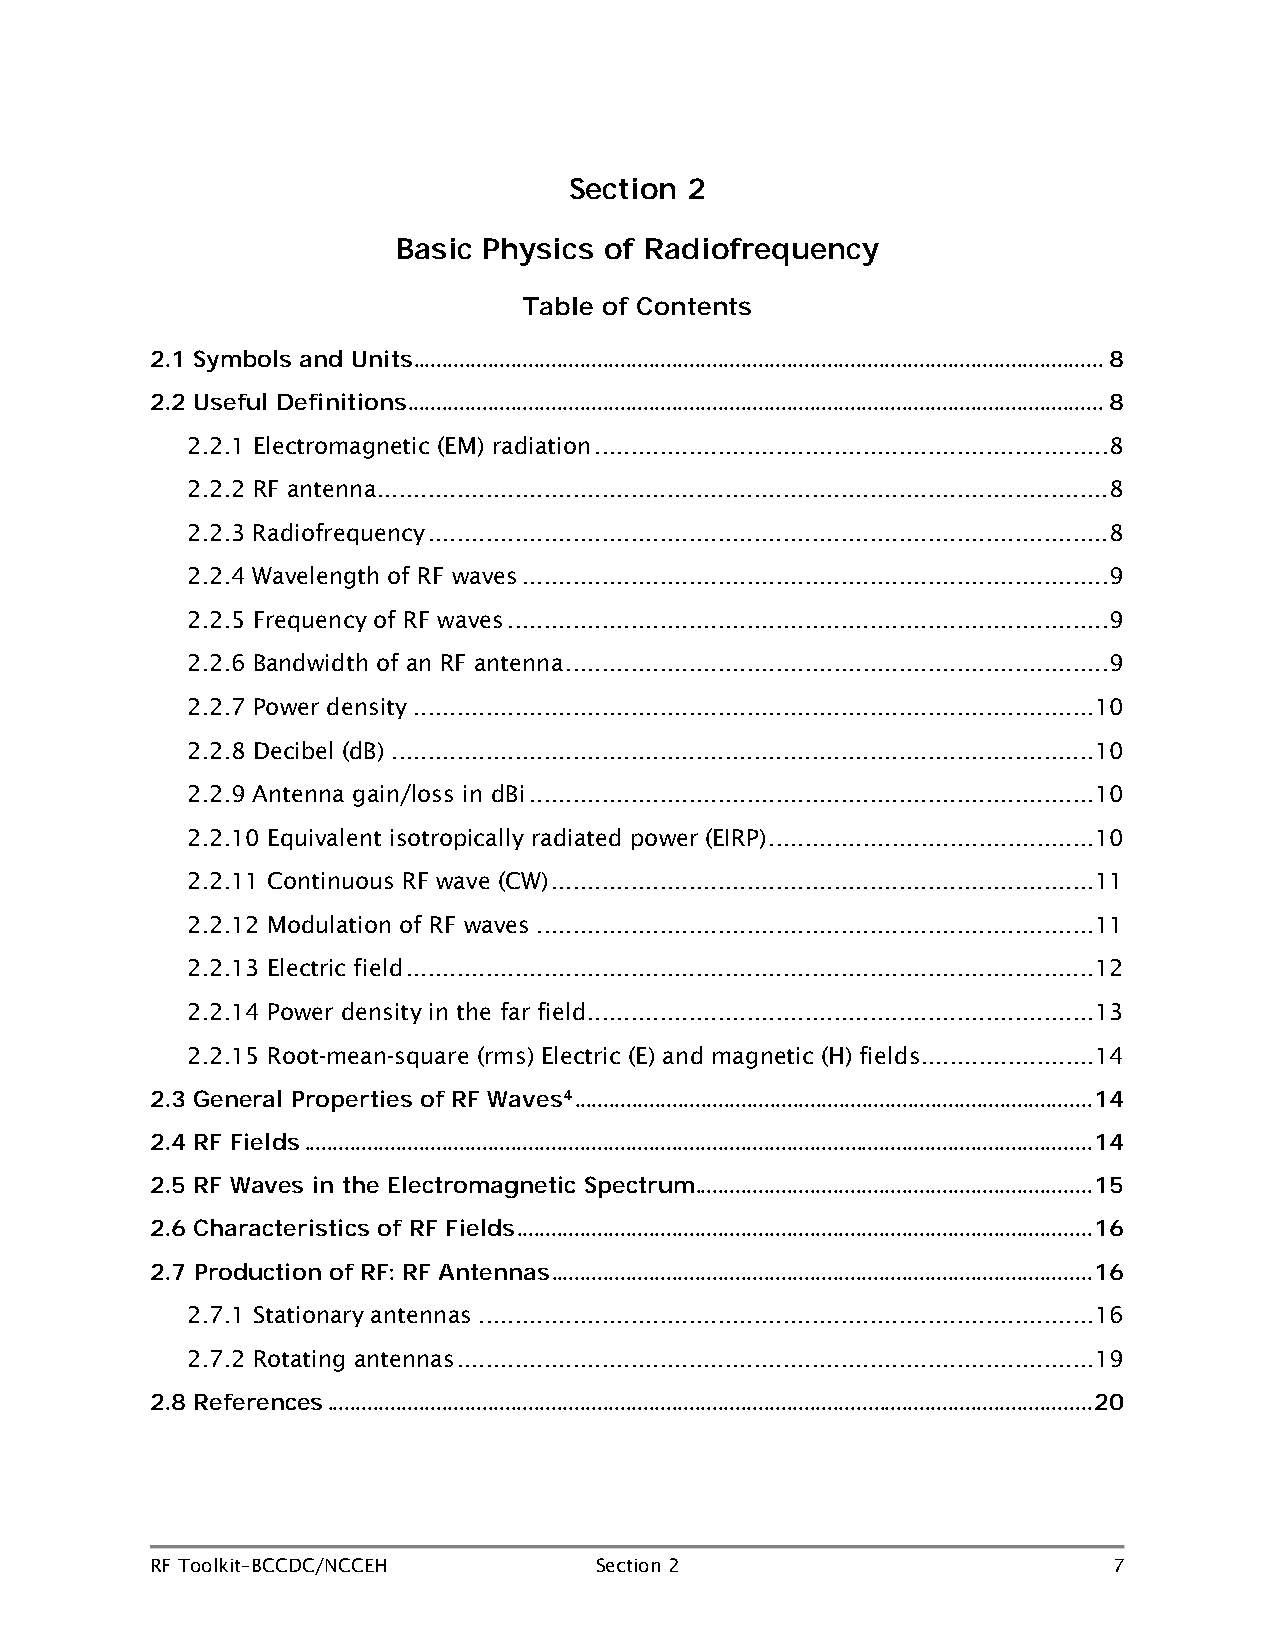
Section 2
 Basic Physics of Radiofrequency
 Table of Contents
 2.1 Symbols and Units ........................................................................................................................ 8
 2.2 Useful Definitions ......................................................................................................................... 8
 2.2.1 Electromagnetic (EM) radiation ....................................................................... 8
 2.2.2 RF antenna ..................................................................................................... 8
 2.2.3 Radiofrequency .............................................................................................. 8
 2.2.4 Wavelength of RF waves ................................................................................. 9
 2.2.5 Frequency of RF waves ................................................................................... 9
 2.2.6 Bandwidth of an RF antenna ........................................................................... 9
 2.2.7 Power density .............................................................................................. 10
 2.2.8 Decibel (dB) ................................................................................................. 10
 2.2.9 Antenna gain/loss in dBi .............................................................................. 10
 2.2.10 Equivalent isotropically radiated power (EIRP) ............................................. 10
 2.2.11 Continuous RF wave (CW) ........................................................................... 11
 2.2.12 Modulation of RF waves ............................................................................. 11
 2.2.13 Electric field ............................................................................................... 12
 2.2.14 Power density in the far field ...................................................................... 13
 2.2.15 Root-mean-square (rms) Electric (E) and magnetic (H) fields........................ 14
 2.3 General Properties of RF Waves4 .......................................................................................... 14
 2.4 RF Fields ......................................................................................................................................... 14
 2.5 RF Waves in the Electromagnetic Spectrum ..................................................................... 15
 2.6 Characteristics of RF Fields .................................................................................................... 16
 2.7 Production of RF: RF Antennas .............................................................................................. 16
 2.7.1 Stationary antennas ..................................................................................... 16
 2.7.2 Rotating antennas ........................................................................................ 19
 2.8 References ..................................................................................................................................... 20
 RF Toolkit–BCCDC/NCCEH       Section 2                          7